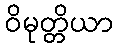
ဝိမုတ္တိယာ